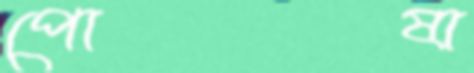
পোষা